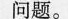
问题。